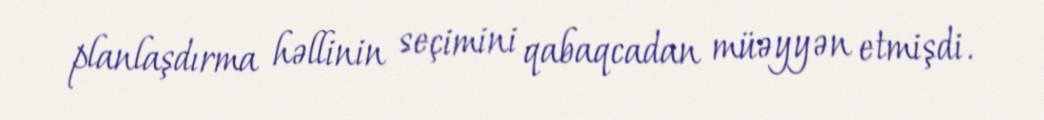
planlaşdırma həllinin seçimini qabaqcadan müəyyən etmişdi.